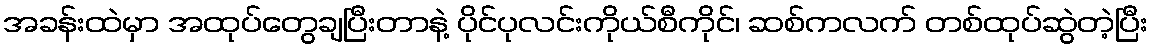
အခန်းထဲမှာ အထုပ်တွေချပြီးတာနဲ့ ပိုင်ပုလင်းကိုယ်စီကိုင်၊ ဆစ်ကလက် တစ်ထုပ်ဆွဲတဲ့ပြီး